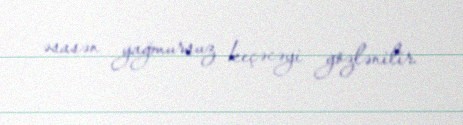
əsasən yağmursuz keçəcəyi gözlənilir.